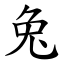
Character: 兔